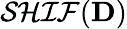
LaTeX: {\mathcal{SHIF}}(\mathbf{D})